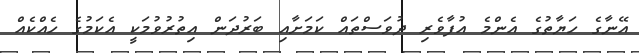
އޭނާގެ ހަޔާތުގެ އެންމެ އުފާވެރި ދުވަސްތައް ކަމަށާއި ބަރުދަން އިތުރުވުމަކީ އެކަމުގެ ހެއްކެއް